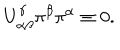
U _ { \alpha \beta } ^ { \gamma } \pi ^ { \beta } \pi ^ { \alpha } \equiv 0 .